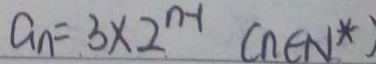
a _ { n } = 3 \times 2 ^ { n - 1 } ( n \in N ^ { n } )